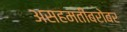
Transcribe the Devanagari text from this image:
असहमतीबरोबर